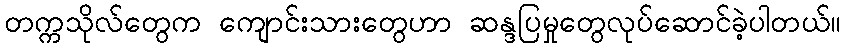
တက္ကသိုလ်တွေက ကျောင်းသားတွေဟာ ဆန္ဒပြမှုတွေလုပ်ဆောင်ခဲ့ပါတယ်။